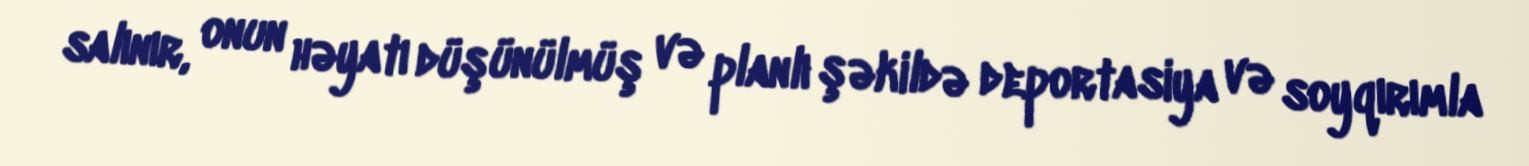
salınır, onun həyatı düşünülmüş və planlı şəkildə deportasiya və soyqırımla